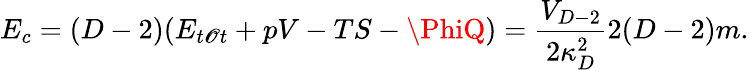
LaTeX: E_{c}=(D-2)(E_{t\mathscr{O}t}+pV-TS-\PhiQ)={\frac{{V_{D-2}}}{{2\kappa_{D}^{2}}}}2(D-2)m.